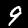
Digit: 9